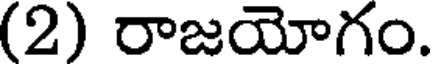
(2) రాజయోగం.